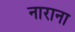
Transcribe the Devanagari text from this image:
नाराना